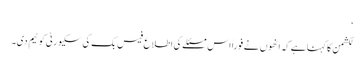
‘
لکشمن کا کہنا ہے کہ انھوں نے فوراً اس مسئلے کی اطلاع فیس بک کی سکیورٹی کو ٹیم دی۔